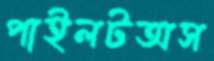
পাইলটঅস